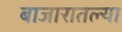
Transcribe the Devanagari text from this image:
बाजारातल्या